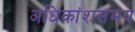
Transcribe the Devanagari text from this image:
अधिकांशसमय